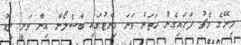
މިރޭގެ މެޗު ފަށައިގެން ހަތަރު ވަނަ މިނެޓުގައި ބާސެލޯނާ އިން ވަނީ ލީޑު